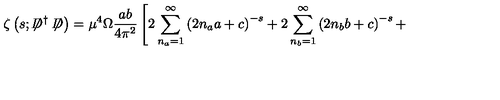
\zeta \left( s ; \not \! \! D ^ { \dag } \not \! \! D \right) = { \mu } ^ { 4 } \Omega \frac { a b } { 4 { \pi } ^ { 2 } } \left[ 2 \sum _ { n _ { a } = 1 } ^ { \infty } \left( 2 n _ { a } a + c \right) ^ { - s } + 2 \sum _ { n _ { b } = 1 } ^ { \infty } \left( 2 n _ { b } b + c \right) ^ { - s } + \right.